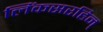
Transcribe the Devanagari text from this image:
लिंकसरहिन्